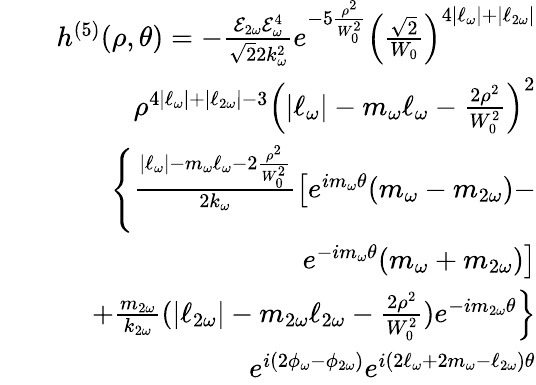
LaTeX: \begin{array}{rlr}&{}&{h^{(5)}(\rho,\theta)=-\frac{\mathcal{E}_{2\omega}\mathcal{E}_{\omega}^{4}}{\sqrt{2}2k_{\omega}^{2}}e^{-5\frac{\rho^{2}}{W_{0}^{2}}}\left(\frac{\sqrt{2}}{W_{0}}\right)^{4|\ell_{\omega}|+|\ell_{2\omega}|}}\\ &{}&{\rho^{4|\ell_{\omega}|+|\ell_{2\omega}|-3}\left(|\ell_{\omega}|-m_{\omega}\ell_{\omega}-\frac{2\rho^{2}}{W_{0}^{2}}\right)^{2}}\\ &{}&{\left\{ \frac{|\ell_{\omega}|-m_{\omega}\ell_{\omega}-2\frac{\rho^{2}}{W_{0}^{2}}}{2k_{\omega}}\left[e^{im_{\omega}\theta}(m_{\omega}-m_{2\omega})-\right.\right.}\\ &{}&{\left.e^{-im_{\omega}\theta}(m_{\omega}+m_{2\omega})\right]}\\ &{}&{\left.+\frac{m_{2\omega}}{k_{2\omega}}(|\ell_{2\omega}|-m_{2\omega}\ell_{2\omega}-\frac{2\rho^{2}}{W_{0}^{2}})e^{-im_{2\omega}\theta}\right\} }\\ &{}&{e^{i(2\phi_{\omega}-\phi_{2\omega})}e^{i(2\ell_{\omega}+2m_{\omega}-\ell_{2\omega})\theta}}\end{array}